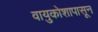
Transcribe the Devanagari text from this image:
वायुकोशापासून